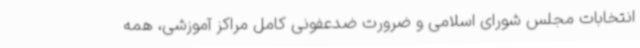
انتخابات مجلس شورای اسلامی و ضرورت ضدعفونی کامل مراکز آموزشی، همه